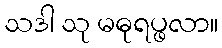
သဒါ သု မဓုရပ္ဖလာ။